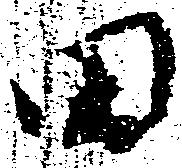
田